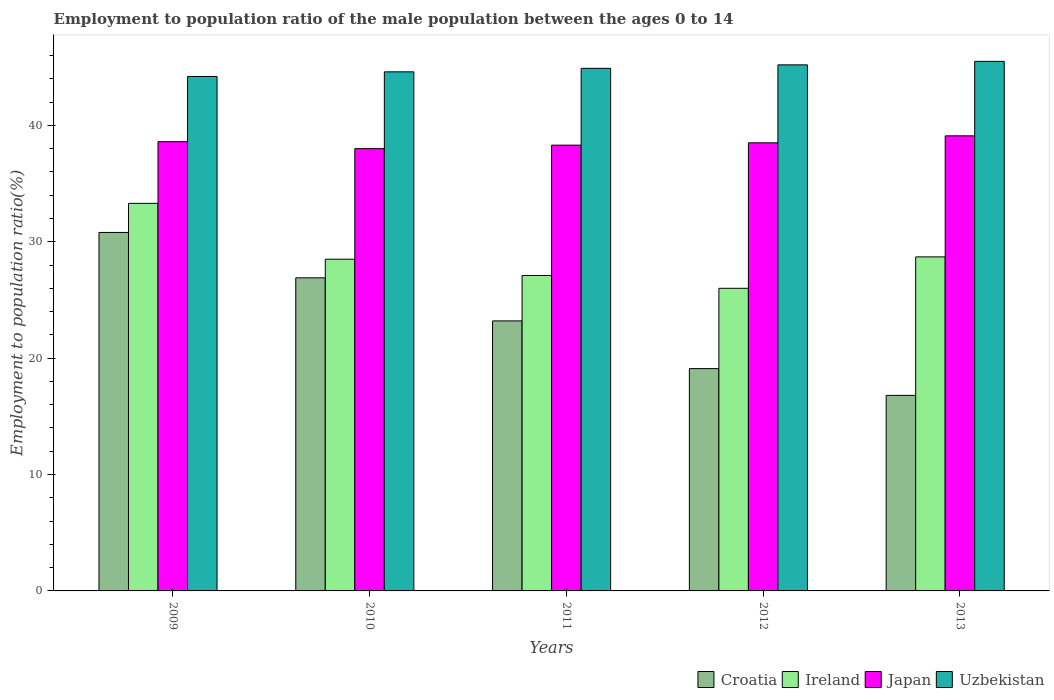
| Years | Croatia | Ireland | Japan | Uzbekistan |
 | --- | --- | --- | --- | --- |
 | 2009 | 30.8 | 33.3 | 38.6 | 44.2 |
 | 2010 | 26.9 | 28.5 | 38 | 44.6 |
 | 2011 | 23.2 | 27.1 | 38.3 | 44.9 |
 | 2012 | 19.1 | 26 | 38.5 | 45.2 |
 | 2013 | 16.8 | 28.7 | 39.1 | 45.5 |